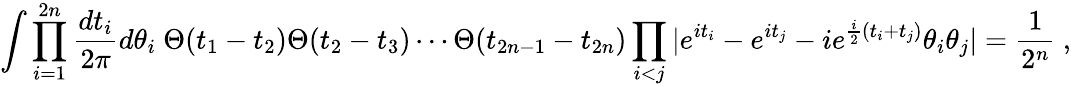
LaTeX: \int\prod_{i=1}^{2n}{\frac{dt_{i}}{2\pi}}d\theta_{i}~\Theta(t_{1}-t_{2})\Theta(t_{2}-t_{3})\cdots\Theta(t_{2n-1}-t_{2n})\prod_{i<j}|e^{it_{i}}-e^{it_{j}}-ie^{\frac{i}{2}(t_{i}+t_{j})}\theta_{i}\theta_{j}|={\frac{1}{2^{n}}}~,